Indian journal of veterinary science and animal husbandry - Volume 9,
Year: 1939
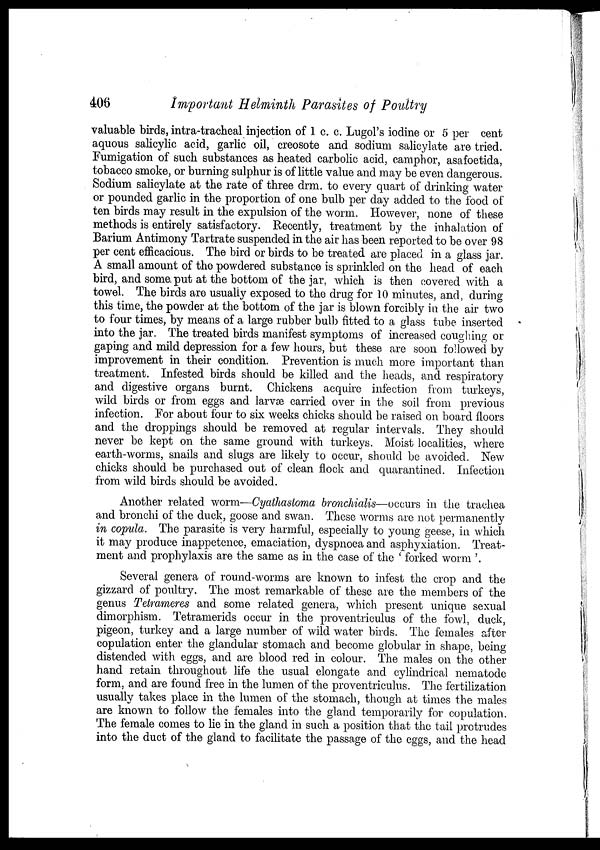
406
Important Helminth Parasites of Poultry
valuable birds, intra-tracheal injection of 1 c. c. Lugol's iodine or 5 per cent
aquous salicylic acid, garlic oil, creosote and sodium salicylate are tried.
Fumigation of such substances as heated carbolic acid, camphor, asafoetida,
tobacco smoke, or burning sulphur is of little value and may be even dangerous.
Sodium salicylate at the rate of three drm. to every quart of drinking water
or pounded garlic in the proportion of one bulb per day added to the food of
ten birds may result in the expulsion of the worm. However, none of these
methods is entirely satisfactory. Recently, treatment by the inhalation of
Barium Antimony Tartrate suspended in the air has been reported to be over 98
per cent efficacious. The bird or birds to be treated are placed in a glass jar.
A small amount of the powdered substance is sprinkled on the head of each
bird, and some put at the bottom of the jar, which is then covered with a
towel. The birds are usually exposed to the drug for 10 minutes, and, during
this time, the powder at the bottom of the jar is blown forcibly in the air two
to four times, by means of a large rubber bulb fitted to a glass tube inserted
into the jar. The treated birds manifest symptoms of increased coughing or
gaping and mild depression for a few hours, but these are soon followed by
improvement in their condition. Prevention is much more important than
treatment. Infested birds should be killed and the heads, and respiratory
and digestive organs burnt. Chickens acquire infection from turkeys,
wild birds or from eggs and larvæ carried over in the soil from previous
infection. For about four to six weeks chicks should be raised on board floors
and the droppings should be removed at regular intervals. They should
never be kept on the same ground with turkeys. Moist localities, where
earth-worms, snails and slugs are likely to occur, should be avoided. New
chicks should be purchased out of clean flock and quarantined. Infection
from wild birds should be avoided.
Another related worm—Cyathastoma bronchialis—occurs in the trachea
and bronchi of the duck, goose and swan. These worms are not permanently
in copula. The parasite is very harmful, especially to young geese, in which
it may produce inappetence, emaciation, dyspnoea and asphyxiation. Treat-
ment and prophylaxis are the same as in the case of the ' forked worm '.
Several genera of round-worms are known to infest the crop and the
gizzard of poultry. The most remarkable of these are the members of the
genus Tetrameres and some related genera, which present unique sexual
dimorphism. Tetramerids occur in the proventriculus of the fowl, duck,
pigeon, turkey and a large number of wild water birds. The females after
copulation enter the glandular stomach and become globular in shape, being
distended with eggs, and are blood red in colour. The males on the other
hand retain throughout life the usual elongate and cylindrical nematode
form, and are found free in the lumen of the proventriculus. The fertilization
usually takes place in the lumen of the stomach, though at times the males
are known to follow the females into the gland temporarily for copulation.
The female comes to lie in the gland in such a position that the tail protrudes
into the duct of the gland to facilitate the passage of the eggs, and the head